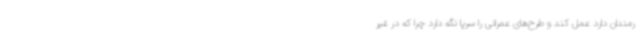
رمندان دارد عمل کند و طرح‌های عمرانی را سرپا نگه دارد چرا که در غیر